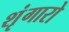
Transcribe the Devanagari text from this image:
शृंगारो